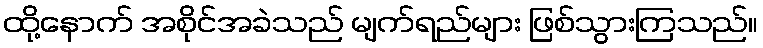
ထို့နောက် အစိုင်အခဲသည် မျက်ရည်များ ဖြစ်သွားကြသည်။